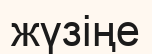
жүзіңе